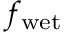
f _ { \mathrm { w e t } }